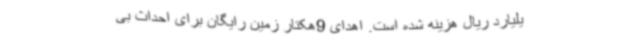
یلیارد ریال هزینه شده است. اهدای 9هکتار زمین رایگان برای احداث بی